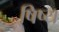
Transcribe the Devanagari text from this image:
षिष्य